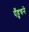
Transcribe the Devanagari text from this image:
पँहुचने